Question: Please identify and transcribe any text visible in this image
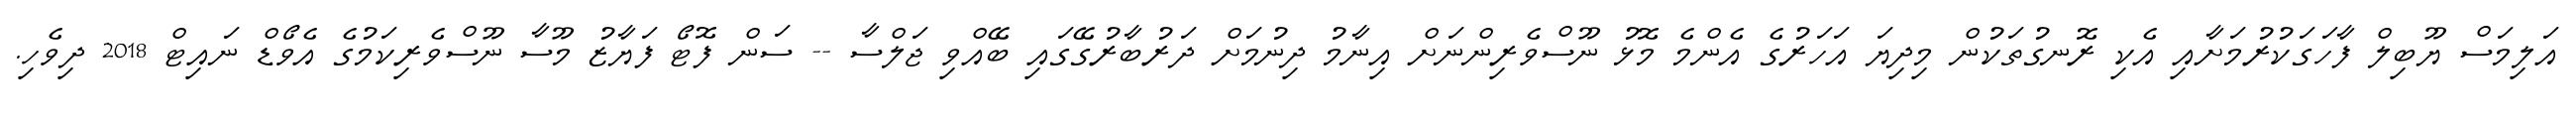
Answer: އަލިމަސް ޔޫބިލް ފާހަގަކުރުމަށާއި އެކި ރޮނގުތަކުން މިދިޔަ އަހަރުގެ އެންމެ މޮޅު ނޫސްވެރިންނަށް އިނާމު ދިނުމަށް ދަރުބާރުގޭގައި ބޭއްވި ޖަލްސާ -- ސަން ފޮޓޯ ފަޔާޒު މޫސާ ނޫސްވެރިކަމުގެ އެވޯޑް ނައިޓް 2018 ދިވެހި.